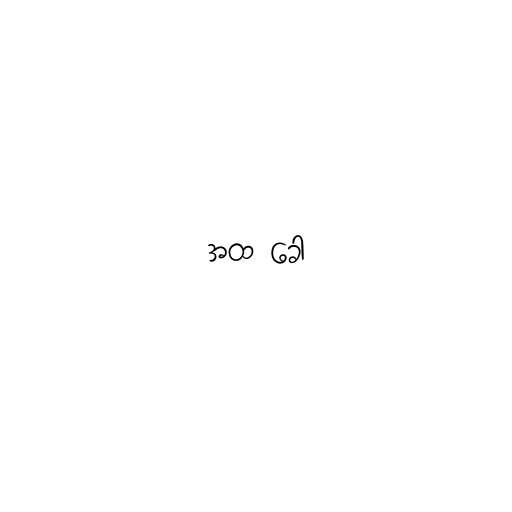
အထ ခေါ